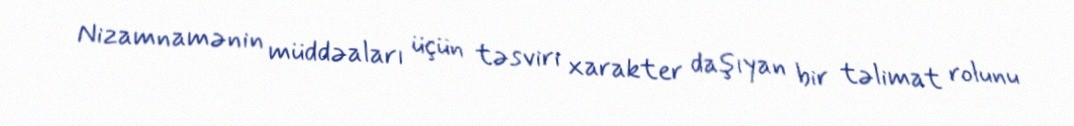
Nizamnamənin müddəaları üçün təsviri xarakter daşıyan bir təlimat rolunu